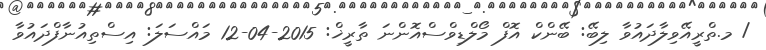
/ މ.ތްރީއޭވިލާދައުވާ ލިބޭ: ބޭންކް އޮފް މޯލްޑިވްސްއޮންނަ ތާރީޚް: 2015-04-12 މައްސަލަ: އިސްތިއުނާފްދައުވާ